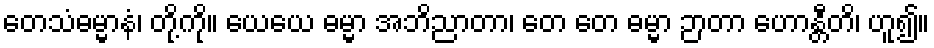
တေသံဓမ္မာနံ၊ တို့ကို။ ယေယေ ဓမ္မာ အဘိညာတာ၊ တေ တေ ဓမ္မာ ဉာတာ ဟောန္တီတိ၊ ဟူ၍။